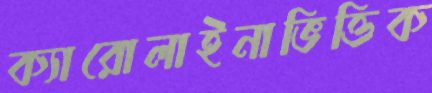
ক্যারোলাইনাভিত্তিক